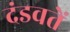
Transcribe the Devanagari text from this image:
दंडवतें